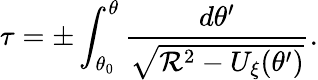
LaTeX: \tau=\pm\int_{\theta_{0}}^{\theta}\frac{d\theta^{\prime}}{\sqrt{{\mathcal R}^{2}-U_{\xi}(\theta^{\prime})}}.